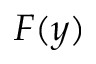
F ( y )